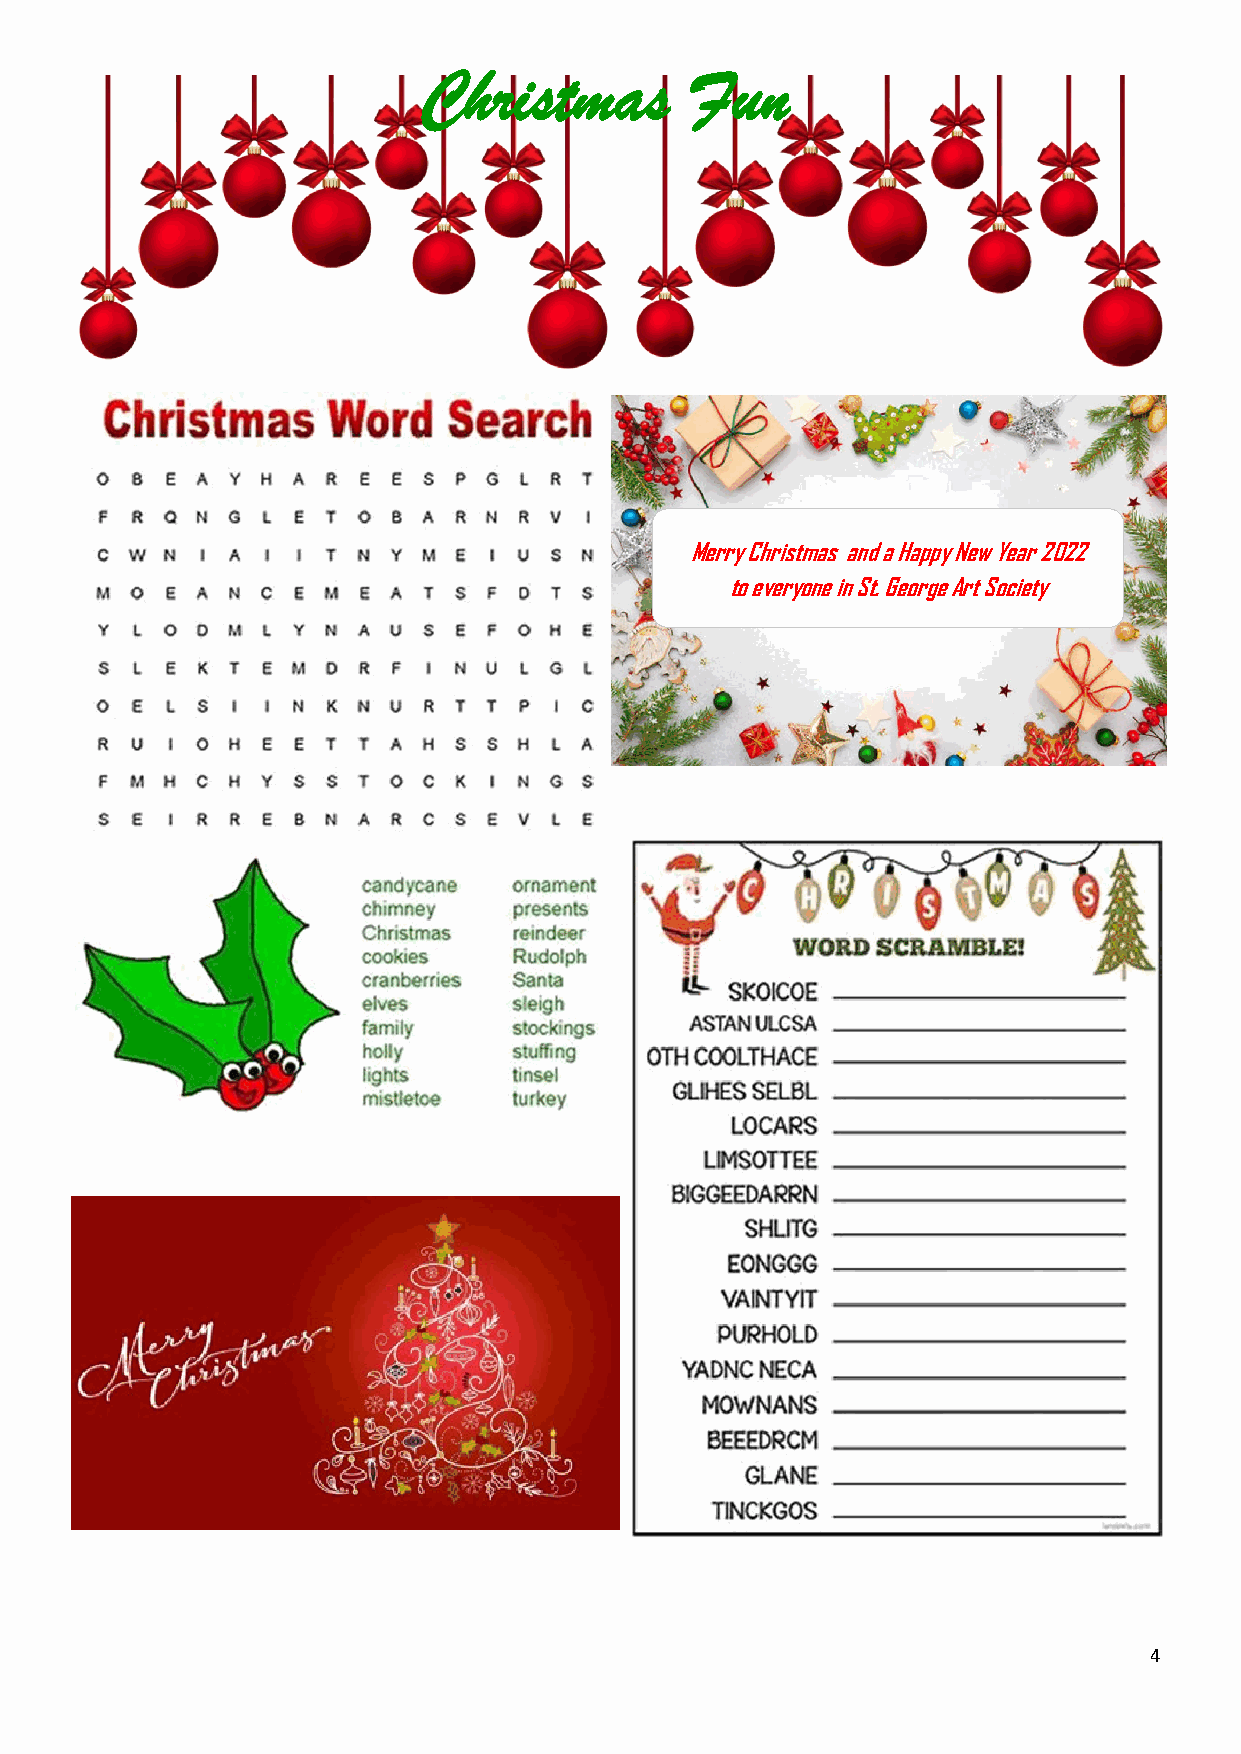
Christmas         Fun
 Merry Christmas and a Happy New Year 2022
 to everyone in St. George Art Society
 4